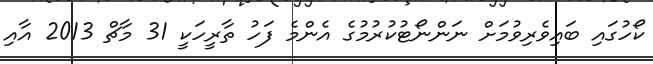
ކޯހުގައި ބައިވެރިވުމަށް ނަންނޯޓުކުރުމުގެ އެންމެ ފަހު ތާރީހަކީ 31 މާޗް 2013 އާއި